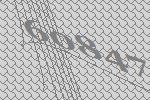
60847